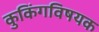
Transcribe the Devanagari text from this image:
कुकिंगविषयक